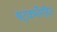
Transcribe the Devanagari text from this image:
षट्‍कर्मेरहित